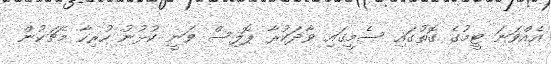
އެއްވަނަ ޓީމުގެ ގޮތުގައި ސެމީގައި ވާދަކުރާ ޕޮލިސް ވަނީ ކުޅުނު ހުރިހާ މެޗަކުން